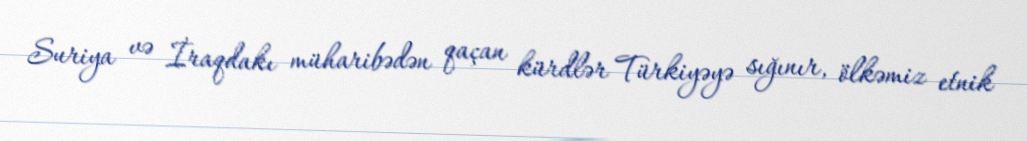
Suriya və İraqdakı müharibədən qaçan kürdlər Türkiyəyə sığınır, ölkəmiz etnik